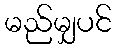
မည်မျှပင်